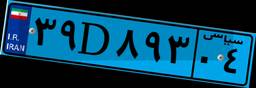
۹۵D۳۸۰۱۳